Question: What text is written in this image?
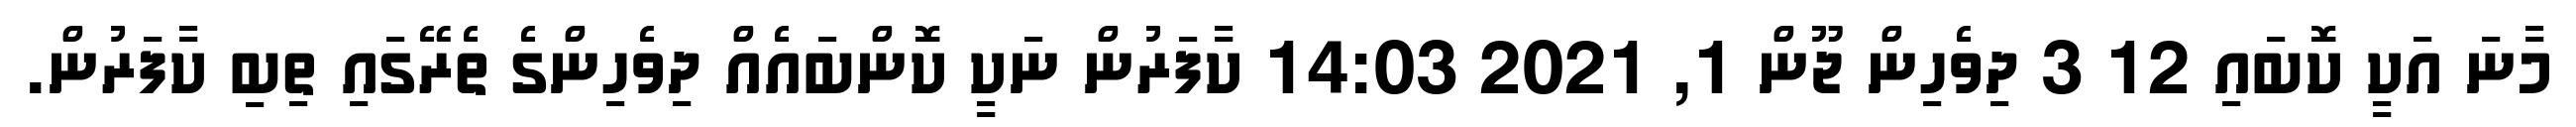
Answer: މާނަ އަކީ ކޮބައި 12 3 ދިވެހިން ޖޫން 1, 2021 14:03 ކާފަރުން ނަކީ ކޮންބައެއް ދިވެހިންގެ ތެރޭގައި ތިބި ކާފަރުން.